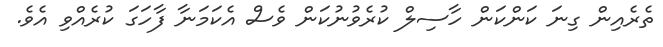
ތެރެއިން ގިނަ ކަންކަން ހާސިލް ކުރެވުނުކަން ވެސް އެކަމަނާ ފާހަގަ ކުރެއްވި އެވެ.